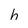
Character: h